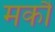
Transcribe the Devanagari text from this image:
मकौ